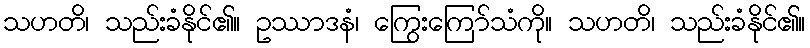
သဟတိ၊ သည်းခံနိုင်၏။ ဥဿာဒနံ၊ ကြွေးကြော်သံကို။ သဟတိ၊ သည်းခံနိုင်၏။